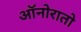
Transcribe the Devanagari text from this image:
ऑनोरातो